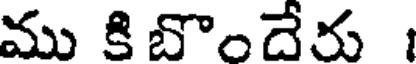
ము కిబొందేరు 1